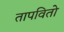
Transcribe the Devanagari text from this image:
तापवितो